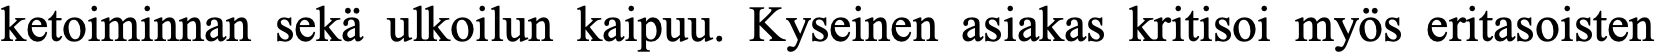
ketoiminnan sekä ulkoilun kaipuu. Kyseinen asiakas kritisoi myös eritasoisten